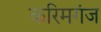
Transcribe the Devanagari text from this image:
करिमगंज